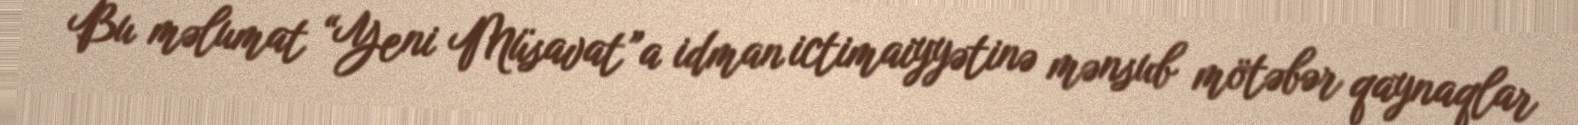
Bu məlumat “Yeni Müsavat”a idman ictimaiyyətinə mənsub mötəbər qaynaqlar